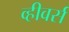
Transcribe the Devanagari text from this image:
व्हीवर्स